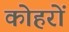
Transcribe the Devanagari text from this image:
कोहरों